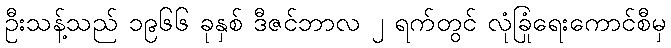
ဦးသန့်သည် ၁၉၆၆ ခုနှစ် ဒီဇင်ဘာလ ၂ ရက်တွင် လုံခြုံရေးကောင်စီမှ